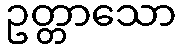
ဥတ္တာသော